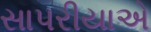
સાપરીયાએ